Indian journal of veterinary science and animal husbandry - Volumes 18-21, 1948-1951
Year: 1948
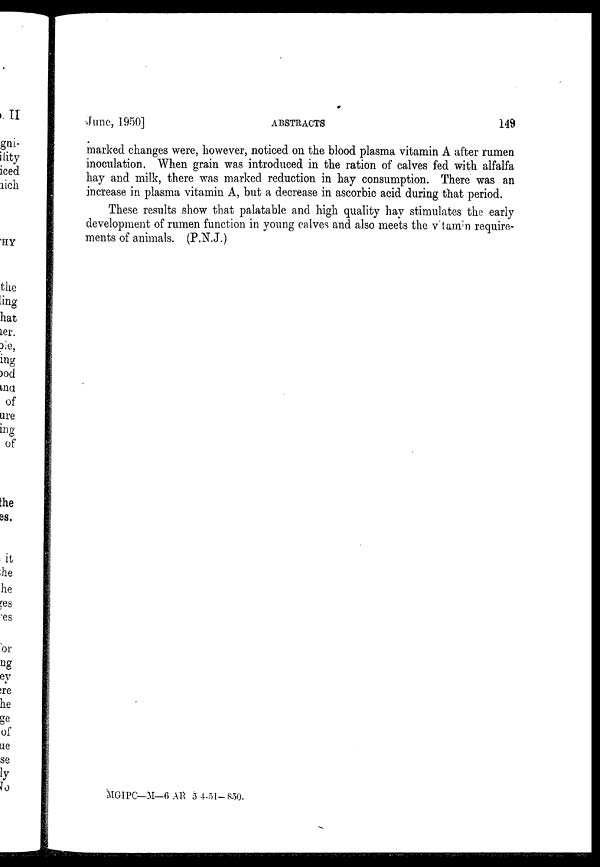
June, 1950]
ABSTRACTS
149
marked changes were, however, noticed on the blood plasma vitamin A after rumen
inoculation. When grain was introduced in the ration of calves fed with alfalfa
hay and milk, there was marked reduction in hay consumption. There was an
increase in plasma vitamin A, but a decrease in ascorbic acid during that period.
These results show that palatable and high quality hay stimulates the early
development of rumen function in young calves and also meets the vitamin require-
ments of animals. (P.N.J.)
MGIPC—M—6 AR 5 4-51-850.